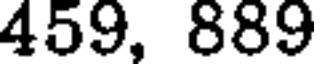
459, 889